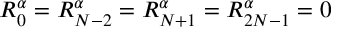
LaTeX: R _ { 0 } ^ { \alpha } = R _ { N - 2 } ^ { \alpha } = R _ { N + 1 } ^ { \alpha } = R _ { 2 N - 1 } ^ { \alpha } = 0